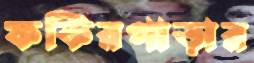
ফকিরপাড়ার